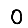
Digit: 0